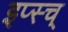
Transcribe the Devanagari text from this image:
इप्स्च्